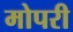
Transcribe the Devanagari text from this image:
मोपरी